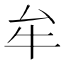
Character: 牟